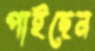
পাইছেন